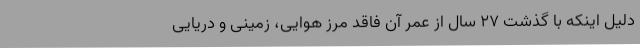
دلیل اینکه با گذشت 27 سال از عمر آن فاقد مرز هوایی، زمینی و دریایی